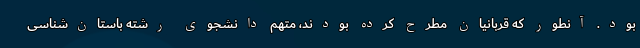
بود. آنطور که قربانیان مطرح کرده بودند، متهم دانشجوی رشته باستان‌شناسی